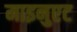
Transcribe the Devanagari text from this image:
माइनुएट